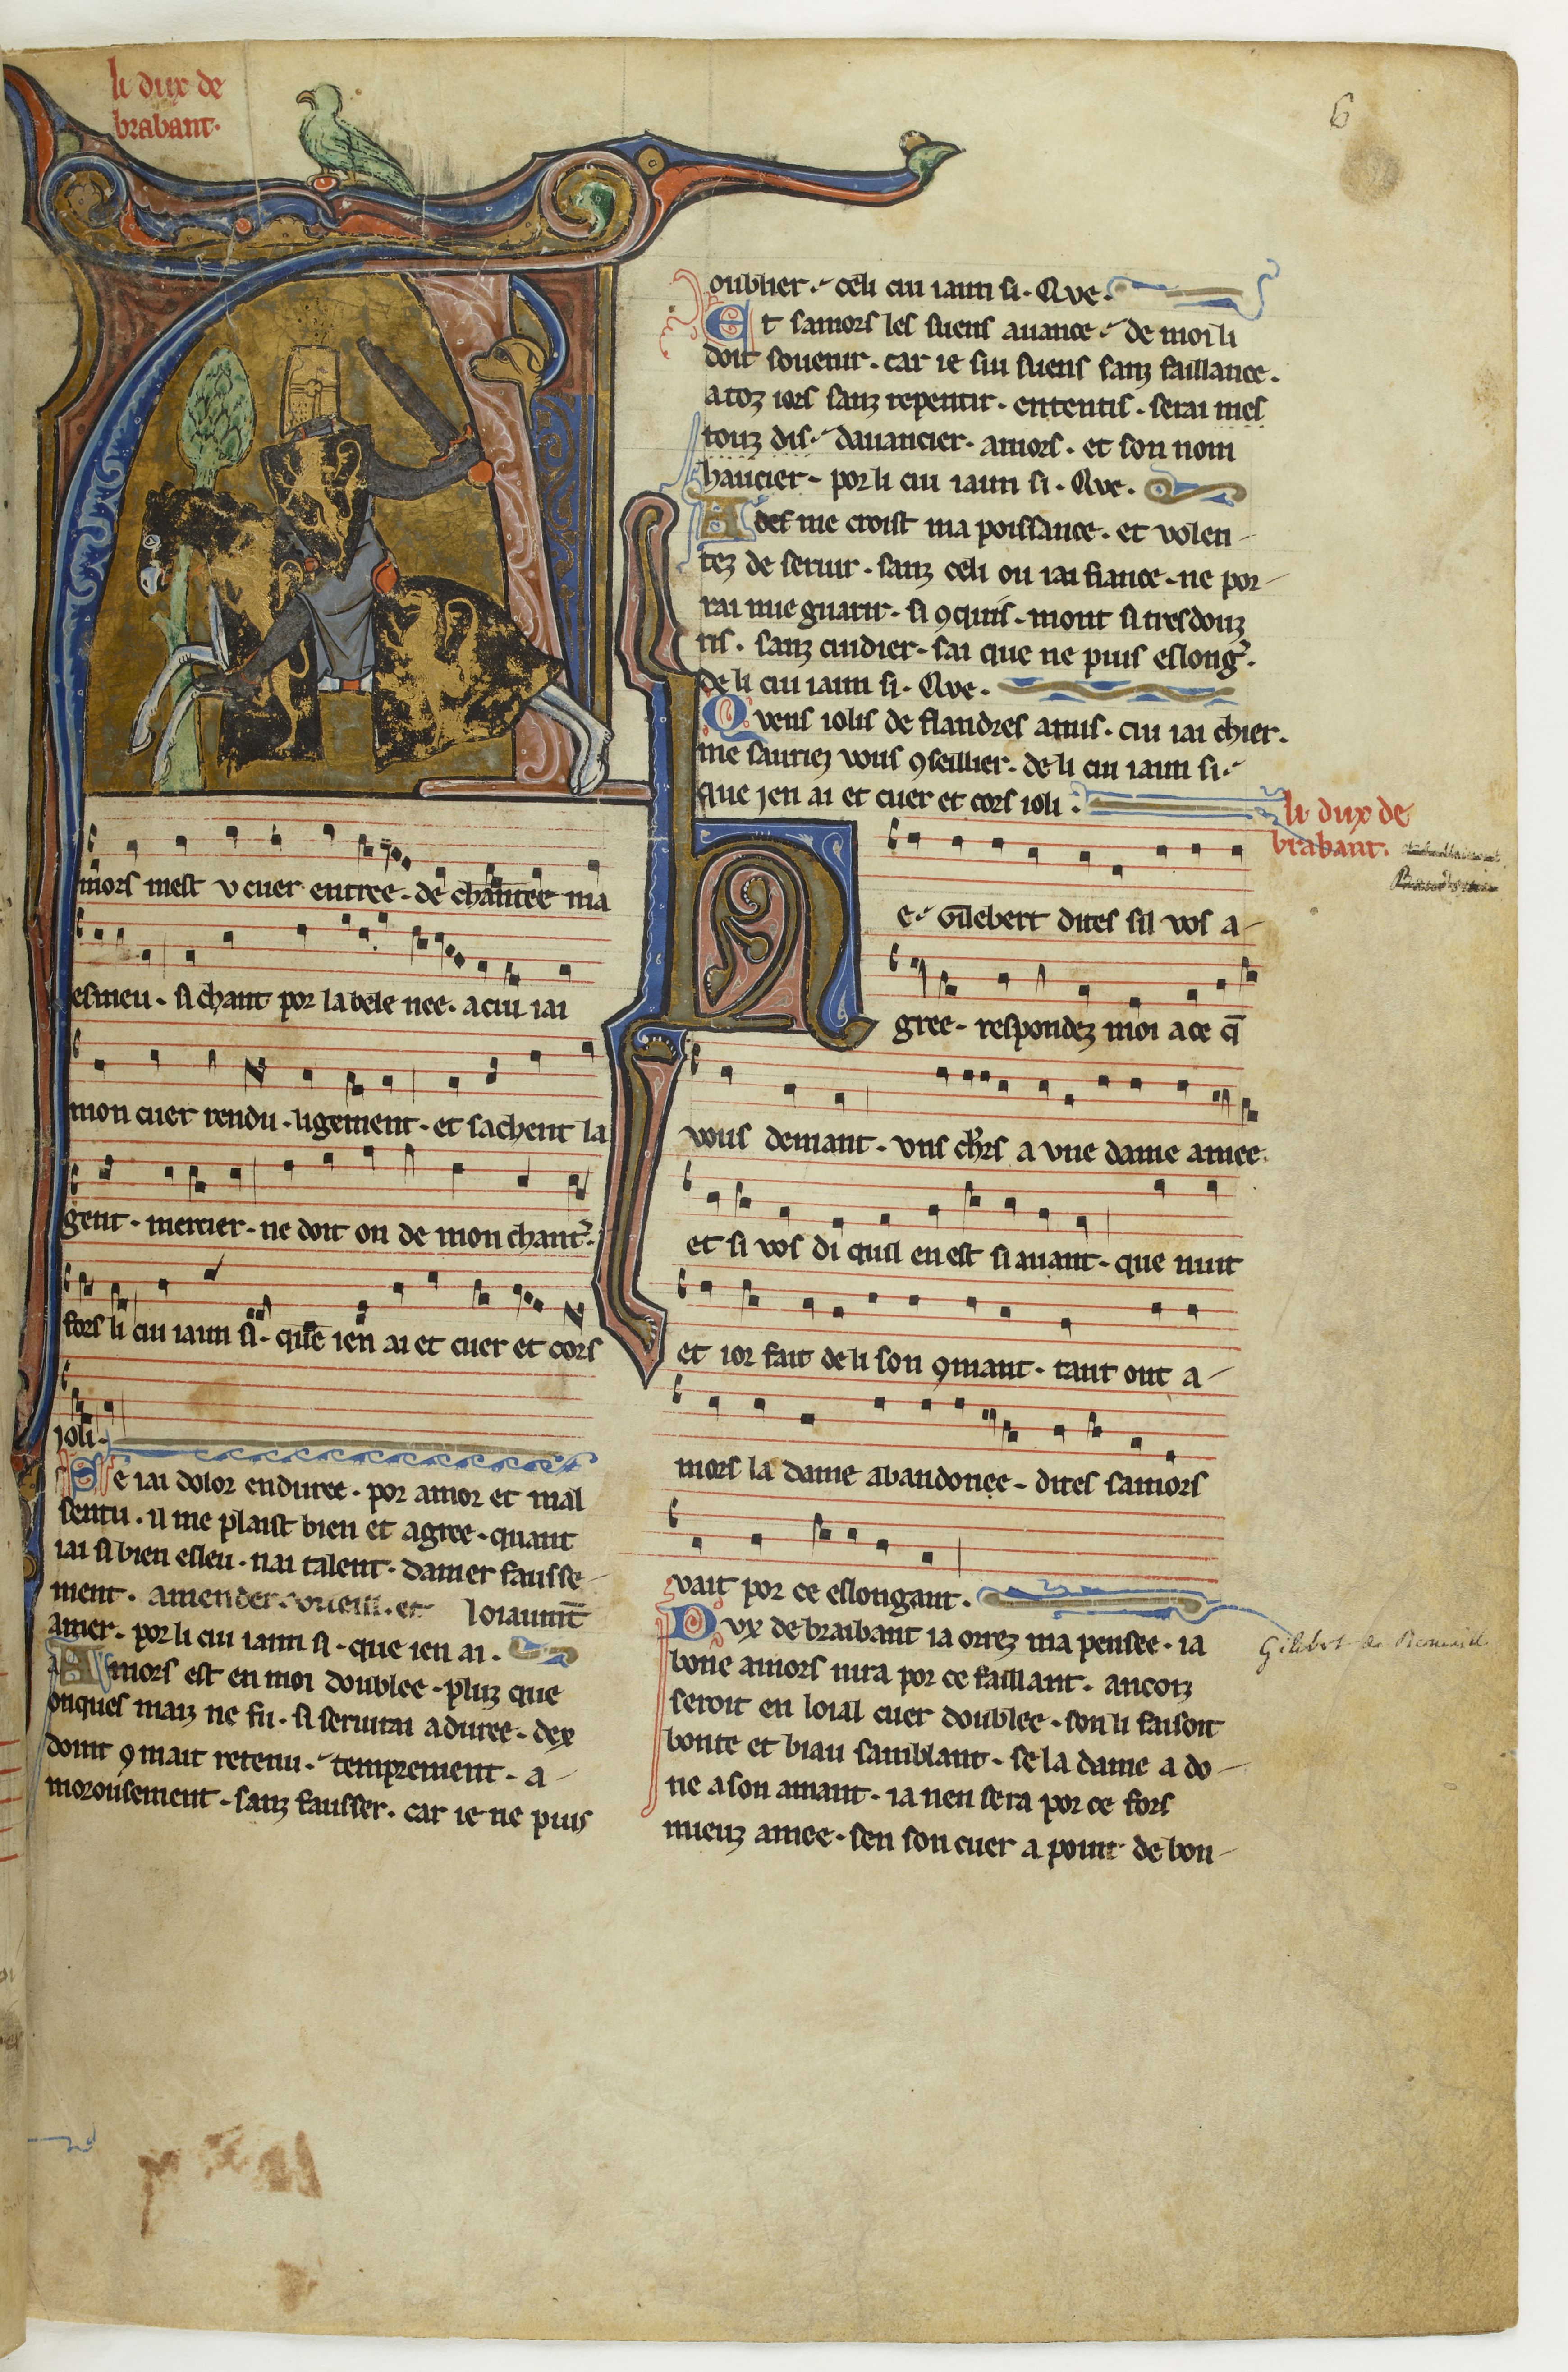
Shelfmark: Paris, BnF, fr. 844
Century: 13